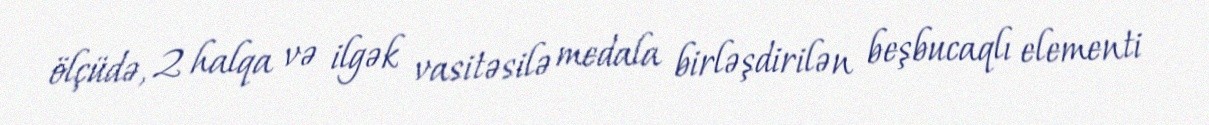
ölçüdə, 2 halqa və ilgək vasitəsilə medala birləşdirilən beşbucaqlı elementi